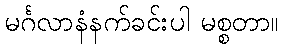
မင်္ဂလာနံနက်ခင်းပါ မစ္စတာ။